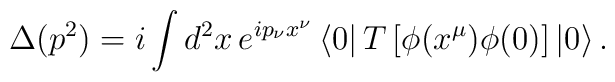
\Delta(p^{2})=i\int d^{2}x\,e^{ip_{\nu}x^{\nu}}\left\langle 0\right|  T\left[\phi(x^{\mu})\phi(0)\right]  \left|  0\right\rangle .